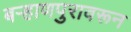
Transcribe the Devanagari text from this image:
बऱ्हाणपुरावरून